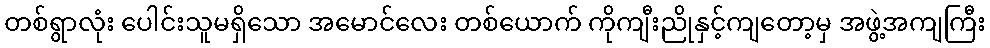
တစ်ရွာလုံး ပေါင်းသူမရှိသော အမောင်လေး တစ်ယောက် ကိုကျီးညိုနှင့်ကျတော့မှ အဖွဲ့အကျကြီး